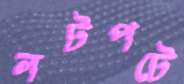
লটপটে